Civil Veterinary Dept. North-West Frontier Province 1923-32 - 1923-1932
Year: 1923
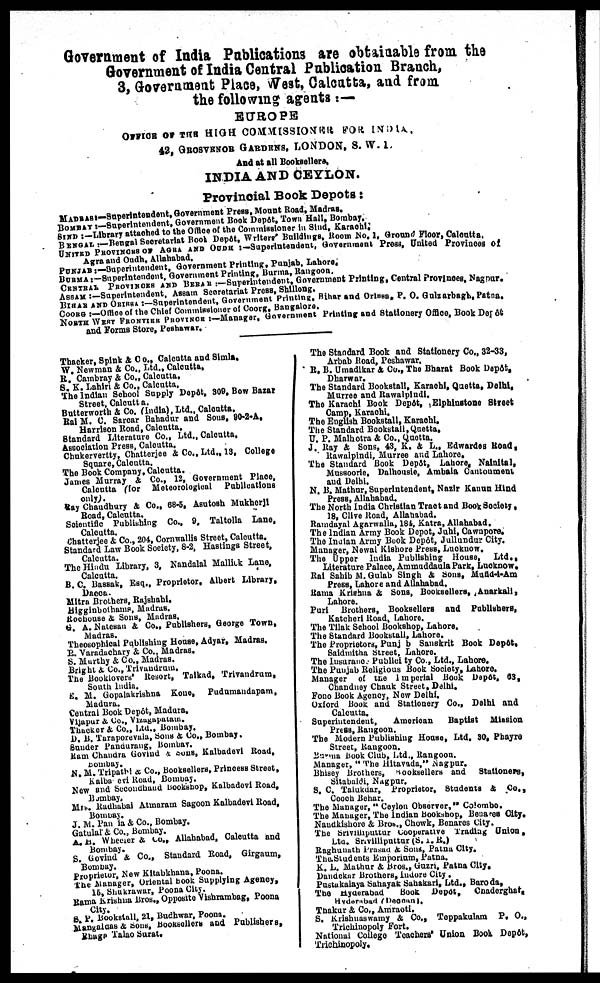
Government of India Publications are obtainable from the
Government of India Central Publication Branch,
3, Government Place, West, Calcutta, and from
the following agents :—
EUROPE
OFFICE OF THE HIGH COMMISSIONER FOR INDIA.
42, GROSVENOR GARDENS, LONDON, S. W. 1.
And at all Booksellers,
INDIA AND CEYLON.
Provincial Book Depots:
MADRAS :—Superintendent, Government Press, Mount Road, Madras.
BOMBAY :—Superintendent, Government Book Depôt, Town Hall, Bombay.
SIND :—Library attached to the Office of the Commissioner in Sind, Karachi.
BENGAL :—Bengal Secretariat Book Depôt, Writers' Buildings, Room No. 1, Ground Floor, Calcutta.
UNITED PROVINCES OF AGRA AND OUDH :—Superintendent, Government Press, United Provinces of
Agra and Oudh, Allahabad.
PUNJAB
:—Superintendent, Government Printing, Punjab. Lahore.
BURMA :—Superintendent,Government Printing, Burma, Rangoon.
CENTRAL PROVINCES AND BERAR :— Superintendent, Government Printing, Central Provinces, Nagpur.
ASSAM :—Superintendent, Assam Secretariat Press, Shillong.
BIHAR AND ORISSA :— Superintendent, Government Printing, Bihar and Orissa, P. O. Gulzarbagh, Patna.
COORG :— Office of the Chief Commissioner of Coorg, Bangalore.
NORTH WEST FRONTIER PROVINCE :—Manager, Government Printing and Stationery Office, Book Depôt
and Forms Store, Peshawar.
Thacker, Spink & Co., Calcutta and Simla.
W. Newman & Co., Ltd., Calcutta.
R. Cambray & Co., Calcutta.
S. K. Lahiri & Co., Calcutta.
The Indian School Supply Depôt. 309, Bow Bazar
Street, Calcutta.
Butterworth & Co. (India), Ltd., Calcutta.
Rai M. C. Sarcar Bahadur and Sons, 90-2-A.
Harrison Road, Calcutta.
Standard Literature Co., Ltd., Calcutta.
Association Press, Calcutta.
Chukervertty, Chatterjee & Co., Ltd., 13, College
Square, Calcutta.
The Book Company, Calcutta.
James Murray & Co., 12, Government Place,
Calcutta (for Meteorological Publications
only).
Ray Chaudhury & Co., 68-5, Asutosh Mukherji
Road, Calcutta.
Scientific Publishing Co., 9, Taltolla Lane,
Calcutta.
Chatterjee & Co., 204, Cornwallis Street, Calcutta.
Standard Law Book Society, 8-2, Hastings Street,
Calcutta.
The Hindu Library, 3, Nandalal Mallick Lane,
Calcutta.
B. C. Bassak, Esq., Proprietor, Albert Library,
Dacca.
Mitra Brothers, Rajshahi.
Higginbothams, Madras.
Rochouse & Sons, Madras.
G. A. Natesan & Co., Publishers, George Town,
Madras.
Theosophical Publishing House, Adyar, Madras.
P. Varadachary & Co., Madras.
S. Murthy & Co., Madras.
Bright & Co., Trivandrum.
The Booklovers' Resort, Taikad, Trivandrum,
South India.
E. M. Gopalakrishna Kone, Pudumandapam,
Madura.
Central Book Depôt, Madura.
Vijapur & Co., Vizagapatam.
Thacker & Co., Ltd., Bombay.
D. B. Taraporevala, Sons & Co., Bombay.
Sunder Pandurang, Bombay.
Ram Chandra Govind & Sons, Kalbadevi Road,
N. M. Tripathi & Co., Booksellers, Princess Street,
Kalbadevi Road, Bombay.
New and Secondhand Bookshop, Kalbadevi Road,
Bombay.
Mrs. Radhabai Atmaram Sagoon Kalbadevi Road,
Bombay.
J. M. Pan ia & Co., Bombay.
Gatulal & Co., Bombay.
A. H. Whecier & Co., Allahabad, Calcutta and
Bombay.
S. Govind & Co., Standard Road, Girgaum,
Bombay.
Proprietor, New Kitabkhana, Poona.
The Manager, Oriental Book Supplying Agency,
15, Shukrawar, Poona City.
Rama Krishna Bros., Opposite Vishrambag, Poona
City.
S. P. Bookstall, 21, Budhwar, Poona.
Mangaldas & Sons, Booksellers and Publishers,
Rhage Talao Surat.
The Standard Book and Stationery Co., 32-33,
Arbab Road, Peshawar.
R. B. Umadikar & Co., The Bharat Book Depôt,
Dharwar.
The Standard Bookstall, Karachi, Quetta, Delhi,
Murree and Rawalpindi.
The Karachi Book Depôt, Elphinstone Street
Camp, Karachi.
The English Bookstall, Karachi.
The Standard Bookstall, Quetta.
U. P. Malhotra & Co., Quetta.
J. Ray & Sons, 43, K. & L., Edwardes Road,
Rawalpindi, Murree and Lahore.
The Standard Book Depôt, Lahore, Nainital,
Mussoorie, Dalhousie, Ambala Cantonment
and Delhi.
N. B. Mathur, Superintendent, Nazir Kanun Hind
Press, Allahabad.
The North India Christian Tract and Book Society,
18, Clive Road, Allahabad.
Ramdayal Agarwalla, 184, Katra, Allahabad.
The Indian Army Book Depot, Juhi, Cawnpore.
The Indian Army Book Depôt, Jullundur City.
Manager, Newal Kishore Press, Lucknow.
The Upper India Publishing House,
Ltd.,
Literature Palace, Ammuddaula Park, Lucknow.
Rai Sahib M. Gulab Singh & Sons, Mufid-i-Am
Press, Lahore and Allahabad.
Rama Krishna & Sons, Booksellers, Anarkali,
Lahore.
Puri Brothers, Booksellers and Publishers,
Katcheri Road, Lahore.
The Tilak School Bookshop, Lahore.
The Standard Bookstall, Lahore.
The Proprietors, Punjab Sanskrit Book Depôt,
Saidmitha Street, Lahore.
The Insurance Publicity Co., Ltd., Lahore.
The Punjab Religious Book Society, Lahore,
Manager of the Imperial Book Depôt, 63,
Chandney Chauk Street, Delhi.
Fono Book Agency, New Delhi.
Oxford Book and Stationery Co., Delhi and
Calcutta.
Superintendent,
American
Baptist Mission
Press, Rangoon.
The Modern Publishing House, Ltd. 30, Phayre
Street, Rangoon.
Burma Book Club, Ltd., Rangoon.
Manager, "The Hitavada," Nagpur.
Bhisey Brothers, Booksellers and Stationers,
Sitabaldi, Nagpur.
S. C. Talukdar, Proprietor, Students & Co.,
Cooch Behar.
The Manager, " Ceylon Observer, " Colombo.
The Manager, The Indian Bookshop, Benares City.
Nandkishore & Bros., Chowk, Benares City.
The Srivilliputtur Cooperative Trading Union,
Ltd. Srivilliputtur (S. I. R.)
Raghunath Prasad & Sons, Patna City.
The Students Emporium, Patna.
K. L. Mathur & Bros., Guzri, Patna City.
Dandekar Brothers, Indore City .
Pustakalaya Sahayak Sahakari, Ltd., Baroda.
The Hyderabad
Book
Depôt,
Chaderghat,
Hyderabad
(Deccan).
Thakur & Co., Amraoti.
S. Krishnaswamy & Co., Teppakulam
P. O.,
Trichinopoly Fort.
National College Teachers' Union Book Depôt,
Trichinopoly.